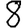
Digit: 8